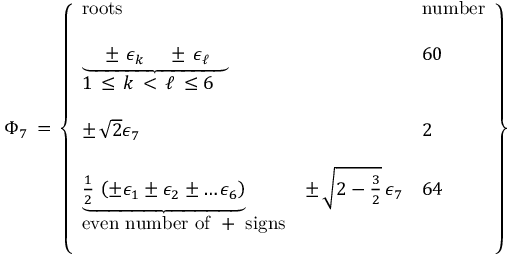
\Phi _ { 7 } \, = \, \left\{ \begin{array} { l l l } { { \mathrm { r o o t s } } } & { { \null } } & { { \mathrm { n u m b e r } } } \\ { { \null } } & { { \null } } & { { \null } } \\ { { { \underbrace { \quad \pm \, \epsilon _ { k } \, \quad \pm \, \epsilon _ { \ell } \quad } } } } & { { \null } } & { { 6 0 } } \\ { { 1 \, \le \, k \, < \, \ell \, \le 6 } } & { { \null } } & { { \null } } \\ { { \null } } & { { \null } } \\ { { \pm \, \sqrt { 2 } \epsilon _ { 7 } } } & { { \null } } & { { 2 } } \\ { { \null } } & { { \null } } & { { \null } } \\ { { { \underbrace { \frac 1 2 \, \left( \pm \epsilon _ { 1 } \pm \epsilon _ { 2 } \pm \dots \epsilon _ { 6 } \right) } } } } & { { \pm \, \sqrt { 2 - \frac 3 2 } \, \epsilon _ { 7 } } } & { { 6 4 } } \\ { { \mathrm { e v e n ~ n u m b e r ~ o f ~ + ~ s i g n s } } } & { { \null } } & { { \null } } \\ { { \null } } & { { \null } } & { { \null } } \end{array} \right\}